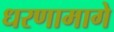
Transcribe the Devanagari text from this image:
धरणामागे